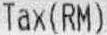
TAX(RM)